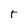
Character: t